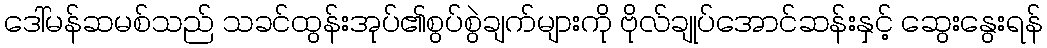
ဒေါ်မန်ဆမစ်သည် သခင်ထွန်းအုပ်၏စွပ်စွဲချက်များကို ဗိုလ်ချုပ်အောင်ဆန်းနှင့် ဆွေးနွေးရန်